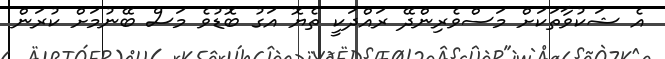
އެ ޝަކުވާތަކަށް މަސްވެރިންދޭ ރައްދަކީ ތެޔޮ އަގު ބޮޑުވެ މަސް ބޭނުމަށް ކުރަން